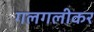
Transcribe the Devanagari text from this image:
गलगलीकर